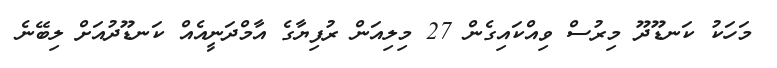
މަހަކު ކަނޑޫދޫ މިރުސް ވިއްކައިގެން 27 މިލިއަން ރުފިޔާގެ އާމްދަނީއެއް ކަނޑޫދުއަށް ލިބޭނެ